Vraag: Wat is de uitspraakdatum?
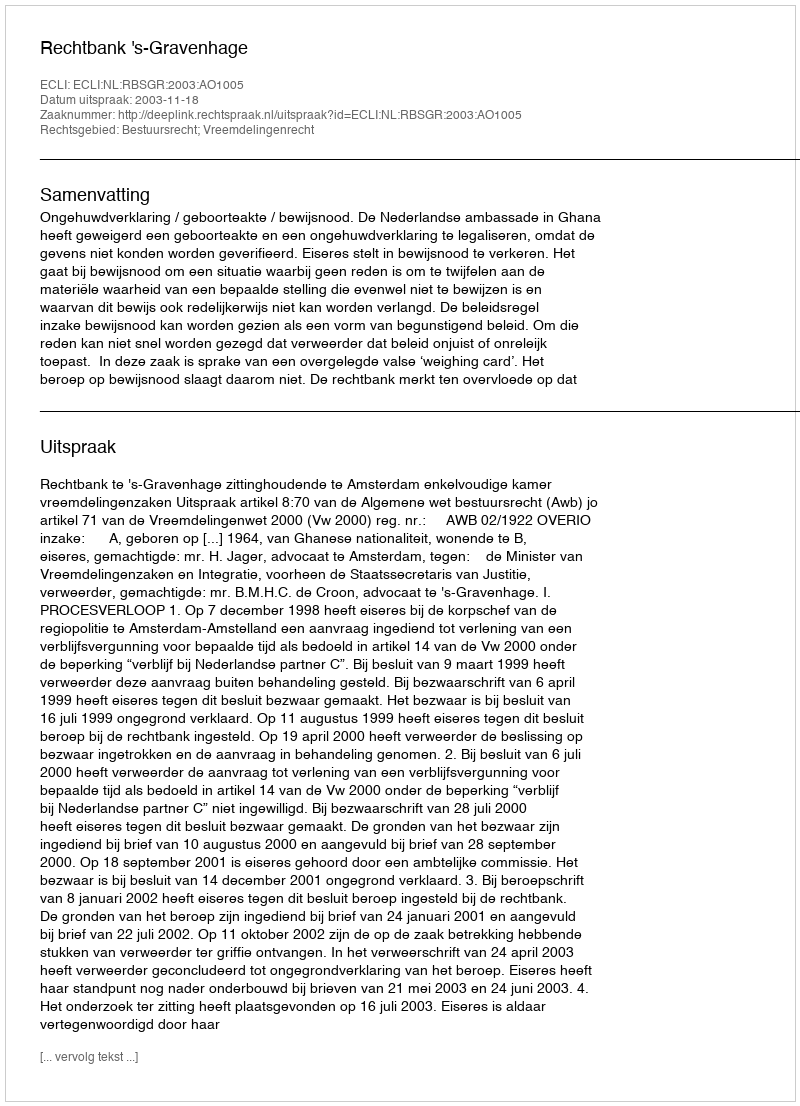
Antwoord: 2003-11-18